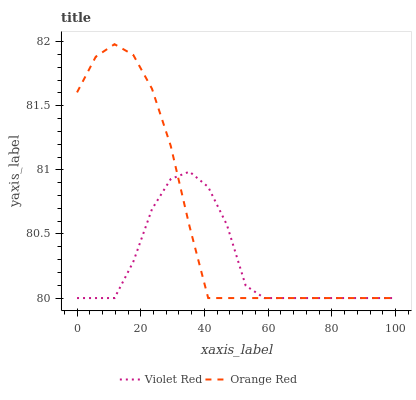
| xaxis_label | Violet Red | Orange Red |
 | --- | --- | --- |
 | 0 | 80 | 81.6 |
 | 5.88 | 80 | 81.9 |
 | 11.8 | 80 | 82 |
 | 17.6 | 80.3 | 81.9 |
 | 23.5 | 80.7 | 81.6 |
 | 29.4 | 80.9 | 81.2 |
 | 35.3 | 81 | 80.6 |
 | 41.2 | 80.9 | 80 |
 | 47.1 | 80.6 | 80 |
 | 52.9 | 80.1 | 80 |
 | 58.8 | 80 | 80 |
 | 64.7 | 80 | 80 |
 | 70.6 | 80 | 80 |
 | 76.5 | 80 | 80 |
 | 82.4 | 80 | 80 |
 | 88.2 | 80 | 80 |
 | 94.1 | 80 | 80 |
 | 100 | 80 | 80 |